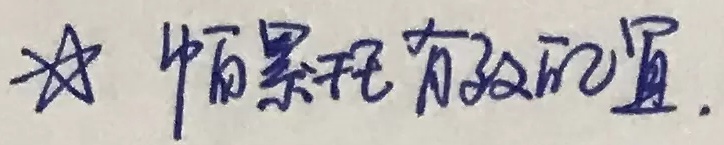
☆ 帕累托有效配置.